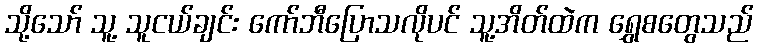
သို့သော် သူ့ သူငယ်ချင်း ကော်ဘီပြောသလိုပင် သူ့အိတ်ထဲက ရွှေစတွေသည်